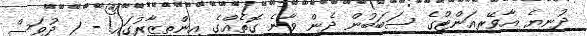
ދުނިޔެ އާވޭރިއަންޓްގެ ސަބަބުން ދެން ވާނެ ގޮތެއްގެ އިންތިޒާރުގައި! - 1 ދުވަސް